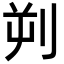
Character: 𪟄